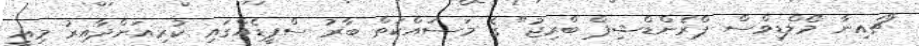
"ޗައިނާ މޯލްޑިވްސް ޕްރެންޑްޝިޕް ބްރިޖު" ގެ މަސައްކަތް ބާރު ސްޕީޑެއްގައި ކުރިއަށްދާއިރު މިއީ